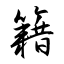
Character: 籍